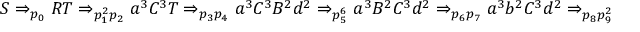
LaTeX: S \Rightarrow _ { p _ { 0 } } R T \Rightarrow _ { p _ { 1 } ^ { 2 } p _ { 2 } } a ^ { 3 } C ^ { 3 } T \Rightarrow _ { p _ { 3 } p _ { 4 } } a ^ { 3 } C ^ { 3 } B ^ { 2 } d ^ { 2 } \Rightarrow _ { p _ { 5 } ^ { 6 } } a ^ { 3 } B ^ { 2 } C ^ { 3 } d ^ { 2 } \Rightarrow _ { p _ { 6 } p _ { 7 } } a ^ { 3 } b ^ { 2 } C ^ { 3 } d ^ { 2 } \Rightarrow _ { p _ { 8 } p _ { 9 } ^ { 2 } } a ^ { 3 } b ^ { 2 } c ^ { 3 } d ^ { 2 }